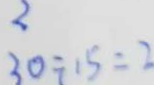
2 3 0 \div 1 5 = 2